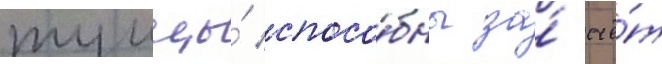
тунцы́ спосо́бны за́ счё́т